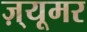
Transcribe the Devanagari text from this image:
ज़्यूमर